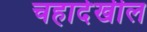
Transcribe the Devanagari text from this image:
चहादेखील